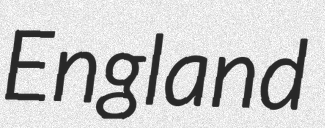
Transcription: England